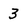
Character: 3